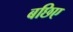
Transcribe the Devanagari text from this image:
बछिए